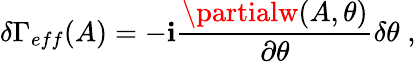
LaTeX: \delta\Gamma_{eff}(A)=-\mathbf{i}\frac{{\partialw(A,\theta)}}{{\partial\theta}}\delta\theta\; ,